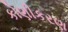
કોણીકરણ